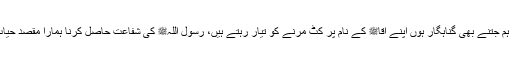
تیرے محبوب سرکارِ دوعالمﷺ سے ہماری محبت کا ثبوت تو ہماری زندگیوں کا اثاثہ ہے، ہم جتنے بھی گناہگار ہوں اپنے آقاﷺ کے نام پر کٹ مرنے کو تیار رہتے ہیں، رسول اللہﷺ کی شفاعت حاصل کرنا ہمارا مقصدِ حیات ہے، دنیا کا کوئی دوسرا ملک رسو ل اللہﷺ کی غلامی میں ہماری برابری نہیں کر سکتا۔